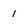
Character: 1